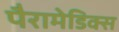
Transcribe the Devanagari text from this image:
पैरामेडिक्स